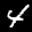
Label: 4